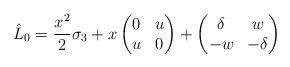
LaTeX: \begin{gather*}\hat{L}_0=\frac{x^2}{2}\sigma_3+x\begin{pmatrix}0&u\\ u&0\end{pmatrix}+\begin{pmatrix}\delta&w\\-w&-\delta\end{pmatrix}\end{gather*}